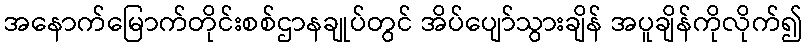
အနောက်မြောက်တိုင်းစစ်ဌာနချုပ်တွင် အိပ်ပျော်သွားချိန် အပူချိန်ကိုလိုက်၍